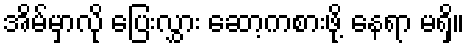
အိမ်မှာလို ပြေးလွှား ဆော့ကစားဖို့ နေရာ မရှိ။